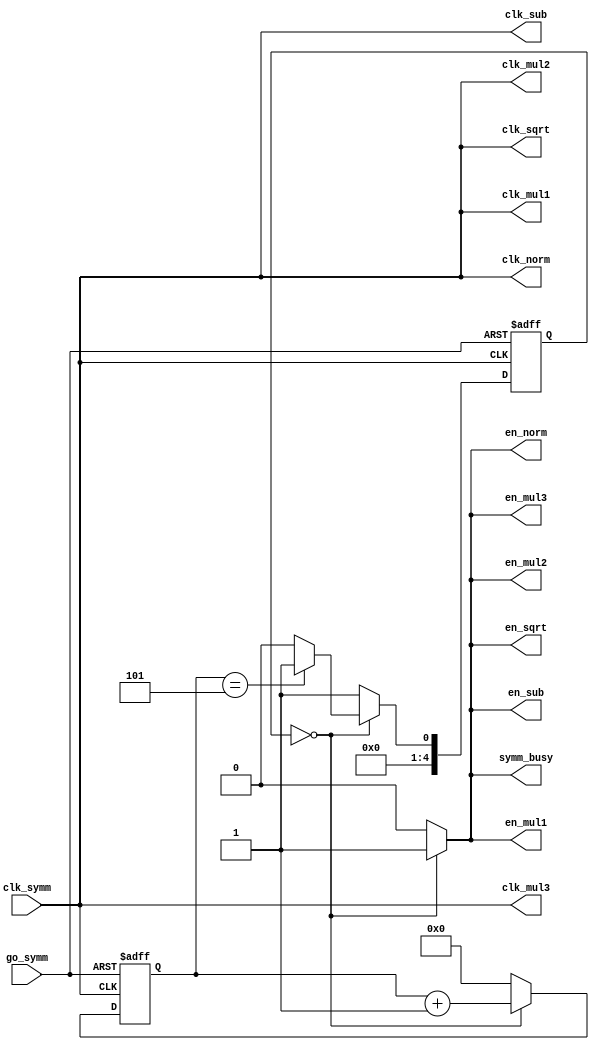
module SYMM_CONTROLLER # (
    parameter GO_SYMM = 5'd0,
    parameter PAUSE = 5'd1
)(
    input clk_symm,
    input go_symm,
    
    output reg symm_busy,
    output clk_mul1, clk_norm, clk_sqrt, clk_mul2, clk_mul3, clk_sub,
    output reg en_mul1, en_norm, en_sqrt, en_mul2, en_mul3, en_sub
);

assign clk_mul1 = clk_symm;
assign clk_norm = clk_symm;
assign clk_sqrt = clk_symm;
assign clk_mul2 = clk_symm;
assign clk_mul3 = clk_symm;
assign clk_sub  = clk_symm;

// reg symm_busy_reg;
// reg en_mul1_reg, en_norm_reg, en_sqrt_reg, en_mul2_reg, en_mul3_reg, en_sub_reg;

// assign symm_busy = symm_busy_reg;
// assign en_mul1 = en_mul1_reg;
// assign en_norm = en_norm_reg;
// assign en_sqrt = en_sqrt_reg;
// assign en_mul2 = en_mul2_reg;
// assign en_mul3 = en_mul3_reg;
// assign en_sub = en_sub_reg;

reg [4:0] state, next_state;
reg [6:0] clk_cnt;

always @(posedge clk_symm or negedge go_symm) begin
    if (!go_symm) begin
        state <= GO_SYMM;
        clk_cnt <= 7'd0;
    end else begin
        state <= next_state;
        case (state)
            GO_SYMM: begin
                clk_cnt <= clk_cnt + 7'd1;
            end 
            default: begin
                clk_cnt <= 7'd0;
            end
        endcase
    end
end

always @(*) begin
    case (state)
        GO_SYMM: begin
            en_mul1   = 1'b1;
            en_norm   = 1'b1;
            en_sqrt   = 1'b1;
            en_mul2   = 1'b1;
            en_mul3   = 1'b1;
            en_sub    = 1'b1;
            symm_busy = 1'b1;

            if (clk_cnt == 7'd5) begin
                next_state = PAUSE;
            end else begin
                next_state = GO_SYMM;
            end
        end
        PAUSE: begin
            en_mul1   = 1'b0;
            en_norm   = 1'b0;
            en_sqrt   = 1'b0;
            en_mul2   = 1'b0;
            en_mul3   = 1'b0;
            en_sub    = 1'b0;
            symm_busy = 1'b0;

            next_state = PAUSE;
        end
        
        default: begin
            en_mul1   = 1'b0;
            en_norm   = 1'b0;
            en_sqrt   = 1'b0;
            en_mul2   = 1'b0;
            en_mul3   = 1'b0;
            en_sub    = 1'b0;
            symm_busy = 1'b0;

            next_state = PAUSE;
        end
    endcase
end
    
endmodule